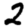
Digit: 2